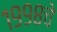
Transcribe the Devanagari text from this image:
१९९८चे